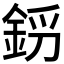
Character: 𨦝